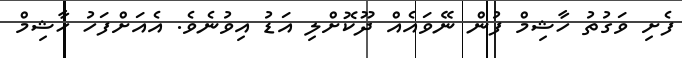
ފެށި ވަގުތު ހާޝިމް ފުން ނޭވައެއް ދޫކޮށްލި އަޑު އިވުނެވެ. އެއަށްފަހު ހާޝިމް